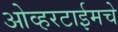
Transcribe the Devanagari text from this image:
ओव्हरटाईमचे